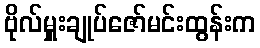
ဗိုလ်မှူးချုပ်ဇော်မင်းထွန်းက